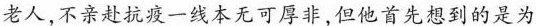
老人，不亲赴抗疫一线本无可厚非，但他首先想到的是为